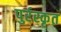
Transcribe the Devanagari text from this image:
पुर्रस्कृत